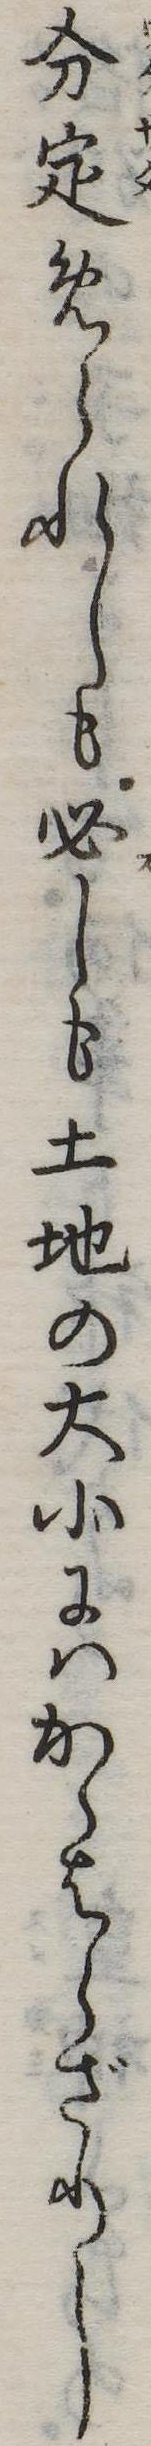
分定められしも必しも土地の大小にはかゝはらざりし